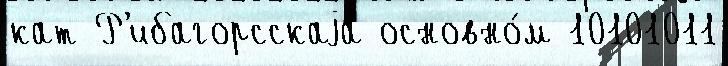
кат Р'ибагорсскаjа основно́м 10101011